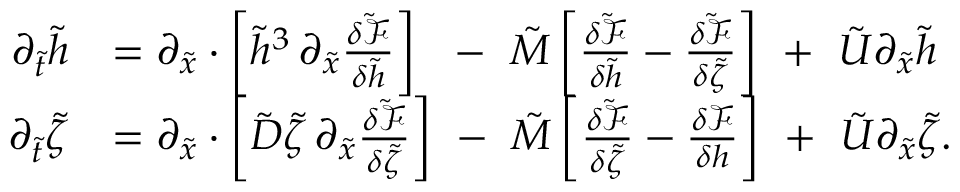
\begin{array} { r l } { \partial _ { \tilde { t } } \tilde { h } } & { = \partial _ { \tilde { x } } \cdot \left[ \tilde { h } ^ { 3 } \, \partial _ { \tilde { x } } \frac { \delta \tilde { \mathcal { F } } } { \delta \tilde { h } } \right] \ \ - \ \tilde { M } \left[ \frac { \delta \tilde { \mathcal { F } } } { \delta \tilde { h } } - \frac { \delta \tilde { \mathcal { F } } } { \delta \tilde { \zeta } } \right] \ + \ \tilde { U } \partial _ { \tilde { x } } \tilde { h } } \\ { \partial _ { \tilde { t } } \tilde { \zeta } } & { = \partial _ { \tilde { x } } \cdot \left[ \tilde { D } \tilde { \zeta } \, \partial _ { \tilde { x } } \frac { \delta \tilde { \mathcal { F } } } { \delta \tilde { \zeta } } \right] \ - \ \tilde { M } \left[ \frac { \delta \tilde { \mathcal { F } } } { \delta \tilde { \zeta } } - \frac { \delta \mathcal { F } } { \delta h } \right] \ + \ \tilde { U } \partial _ { \tilde { x } } \tilde { \zeta } . } \end{array}